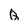
Character: Q